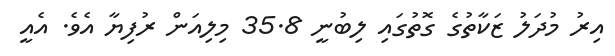
އިރު މުދަލު ޒަކާތުގެ ގޮތުގައި ލިބުނީ 35.8 މިލިއަން ރުފިޔާ އެވެ. އެއީ